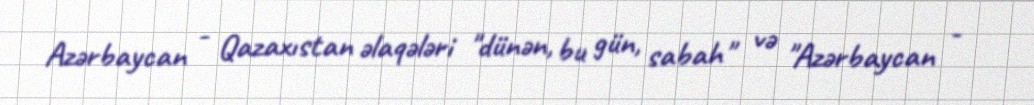
Azərbaycan - Qazaxıstan əlaqələri "dünən, bu gün, sabah" və "Azərbaycan -